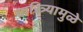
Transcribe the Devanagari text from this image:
चारित्र्यामुळे